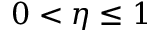
0 < \eta \leq 1